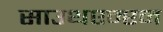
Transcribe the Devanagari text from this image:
साउथएम्प्टन